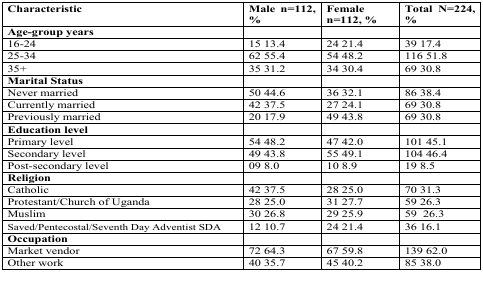
| Characteristic | Male n=112,% | Femalen=112, % | Total N=224,% |
 | --- | --- | --- | --- |
 | Age-group years |  |  |  |
 | 16–24 | 15 13.4 | 24 21.4 | 39 17.4 |
 | 25–34 | 62 55.4 | 54 48.2 | 116 51.8 |
 | 35+ | 35 31.2 | 34 30.4 | 69 30.8 |
 | Marital Status |  |  |  |
 | Never married | 50 44.6 | 36 32.1 | 86 38.4 |
 | Currently married | 42 37.5 | 27 24.1 | 69 30.8 |
 | Previously married | 20 17.9 | 49 43.8 | 69 30.8 |
 | Education level |  |  |  |
 | Primary level | 54 48.2 | 47 42.0 | 101 45.1 |
 | Secondary level | 49 43.8 | 55 49.1 | 104 46.4 |
 | Post-secondary level | 09 8.0 | 10 8.9 | 19 8.5 |
 | Religion |  |  |  |
 | Catholic | 42 37.5 | 28 25.0 | 70 31.3 |
 | Protestant/Church of Uganda | 28 25.0 | 31 27.7 | 59 26.3 |
 | Muslim | 30 26.8 | 29 25.9 | 59 26.3 |
 | Saved/Pentecostal/Seventh Day Adventist SDA | 12 10.7 | 24 21.4 | 36 16.1 |
 | Occupation |  |  |  |
 | Market vendor | 72 64.3 | 67 59.8 | 139 62.0 |
 | Other work | 40 35.7 | 45 40.2 | 85 38.0 |